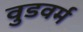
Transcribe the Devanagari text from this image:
वुडवर्म